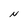
Character: N